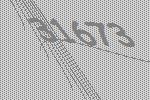
31673